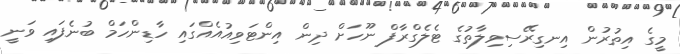
މީގެ އިތުރުން އިނގިރޭސިވިލާތުގެ ޓެލެގްރާފް ނޫހަށް ދިން އިންޓަވިއުއެއްގައި ހާޑިންހަމް ބުނެފައި ވަނީ